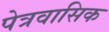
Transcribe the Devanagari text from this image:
पेत्रवासिक